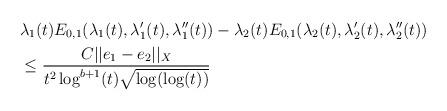
LaTeX: \begin{align*} &\lambda_{1}(t) E_{0,1}(\lambda_{1}(t),\lambda_{1}'(t),\lambda_{1}''(t)) - \lambda_{2}(t) E_{0,1}(\lambda_{2}(t),\lambda_{2}'(t),\lambda_{2}''(t))\\&\leq \frac{C ||e_{1}-e_{2}||_{X}}{t^{2}\log^{b+1}(t) \sqrt{\log(\log(t))}}\end{align*}